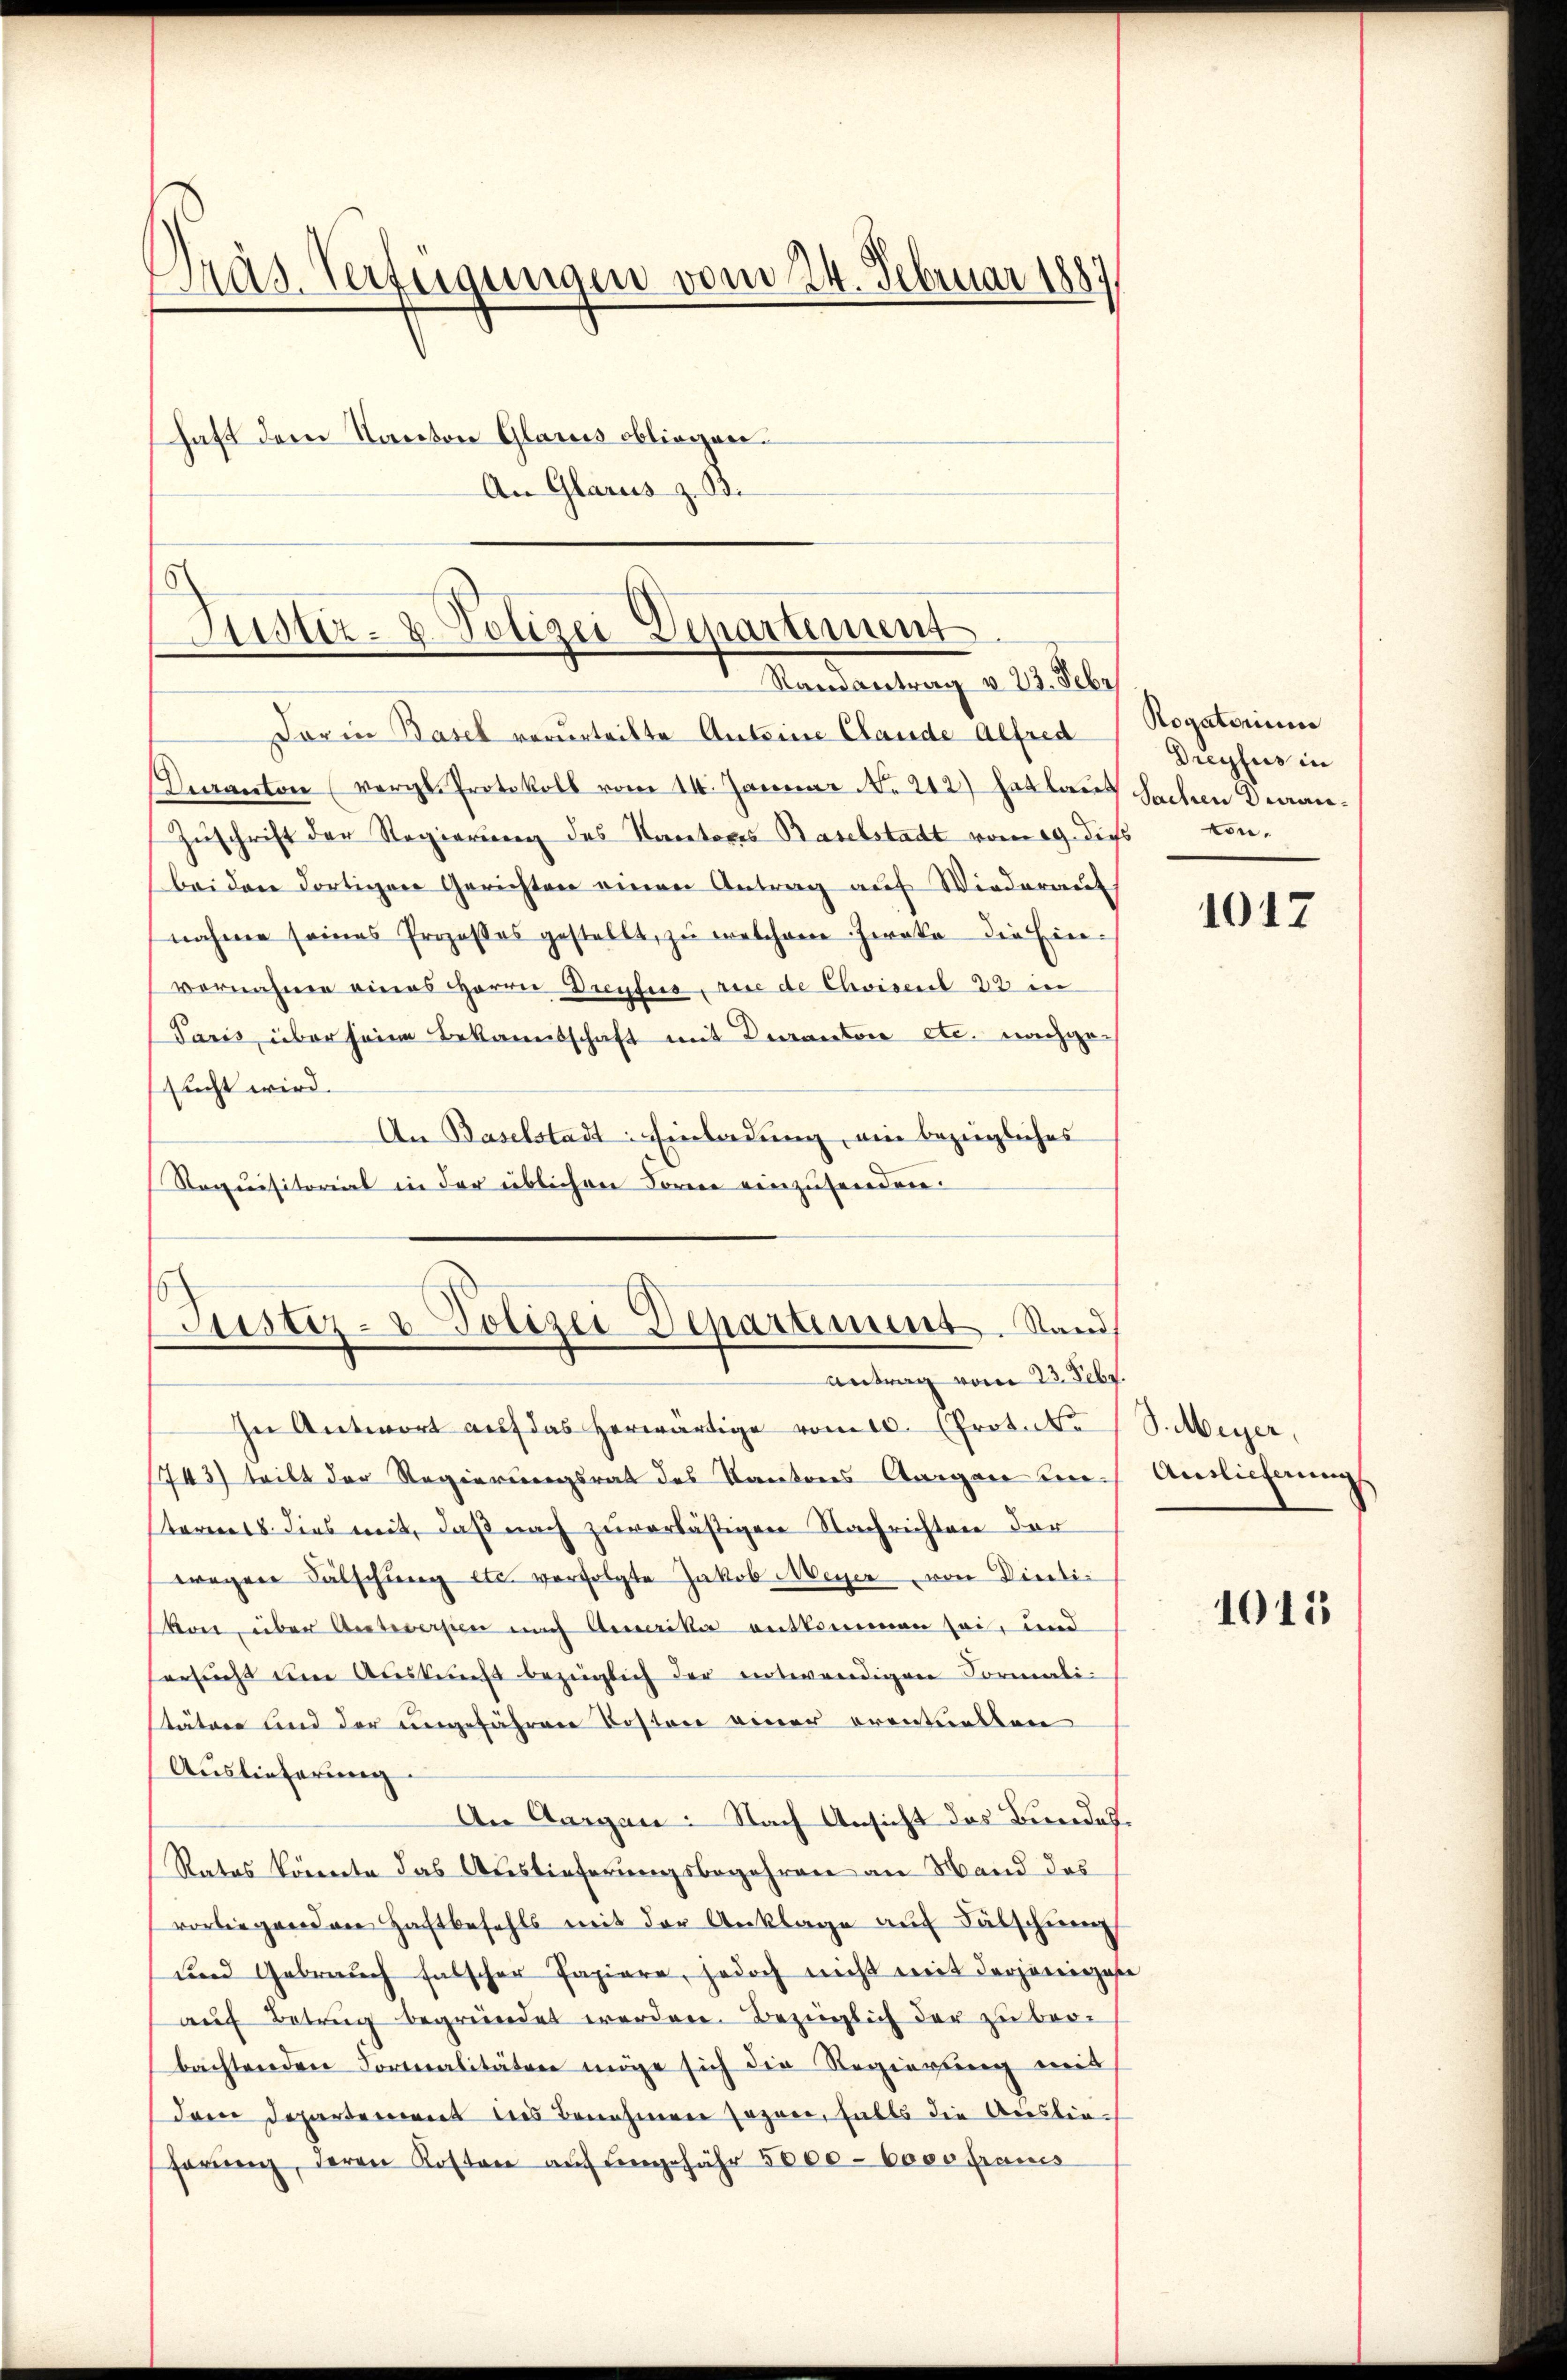
Präs. Verfügungen vom 24. Februar 1887
haft dem Kanton Glarus obliegen.
An Glarus z. B.

Justiz- & Polizei Departement
Randantrag v. 23. Febr

Dor in Basel verurteilte Anteine Claude Alfred
Veranton (vergl. Protokoll vom 14. Januar No. 212) Hatlaut Sachen Diari¬
Zŭschrift der Regierung des Kantores Baselstadt vom 19. dies von
bei den dortigen Gerichten einen Antrag auf Wiederauf
nahme seines Prozesses gestellt, zu welchem Zweka die Einvernahme eines Herrn Dreufus, wie de Choisel 23 in
Paris, über seine Bekanntschaft mit Daranton etc. nachge-
sucht wird.
An Baselstadt: Einladung, ein bezügliches
Requisitorial in der üblichen Forme einzusenden:

Justiz- & Polizei-Departiment. Stand
Antrag vom 23. Febr.

In Antwort auf das herwärtige vom 10. (Protoko S. Meyer,
1743) teilt der Regierungsrat des Kantons Aargau sich Antlicherung
steress dies mit, daß nach zuverlästigen Nachrichten der
wegen Fälschung etc. verfolgte Jakob Meyer von Dietić
kort über Antworten nach Amerika entkommen sei, und
ersucht um Auskunft bezüglich der entwendigen Formalitätere und der ungefähren Kosten einer erentuellen
Auslieferung
An Aargau: Nach Ansicht das Bundes¬
Rates könnte das Auslieferungsbegehren an Wand das
vorliegenden Haftbefehls mit der Anklage auf Fälschei
und Gebrauch falscher Papiere, jedoch nicht mit derjenigese
aŭf Betrug begründet werden. Bezüglich der zu beribachtenden Formalitäten möge sich die Regierung mit
dren Departement des Benehmen sogen, halts die Auslieferŭng, deren Kosten aŭf eingefähr 5000 - 6000 francs

Rogatorium
Dreyfus in

1017

1015